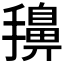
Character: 𭢷